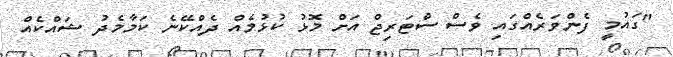
"ގައުމީ ފެންވަރެއްގައި ވެސް ސްޓަރިޖް އަށް މޮޅު ކުޅުމެއް ދެއްކޭނެ ކަމާމެދު ޝައްކެއް